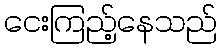
ငေးကြည့်နေသည်